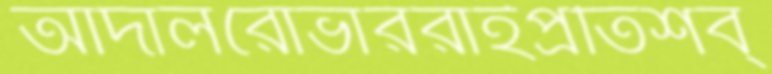
আদালরোভাররাইপ্রতিশব্